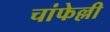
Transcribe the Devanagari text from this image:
चांफेल्ली